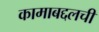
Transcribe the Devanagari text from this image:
कामाबद्दलची